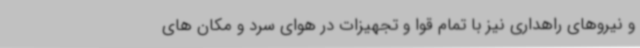
و نیروهای راهداری نیز با تمام قوا و تجهیزات در هوای سرد و مکان های